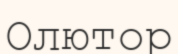
Олютор